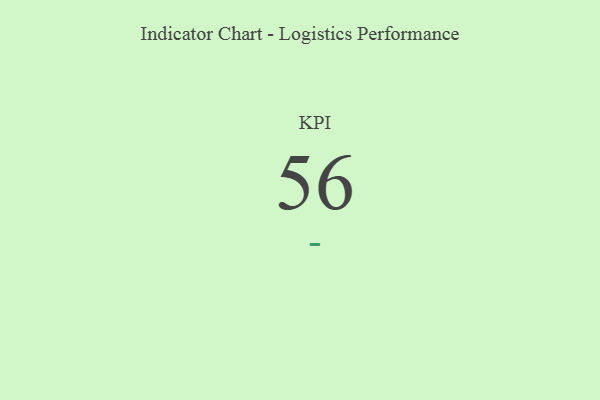
{"axis": {"x": "KPI", "y": "Value"}, "legend": [""], "data": [{"x": "KPI", "y": 56, "type": ""}]}